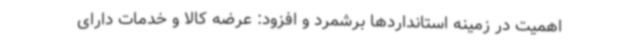
اهمیت در زمینه استانداردها برشمرد و افزود: عرضه کالا و خدمات دارای